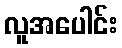
လူအပေါင်း